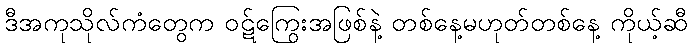
ဒီအကုသိုလ်ကံတွေက ဝဋ်ကြွေးအဖြစ်နဲ့ တစ်နေ့မဟုတ်တစ်နေ့ ကိုယ့်ဆီ